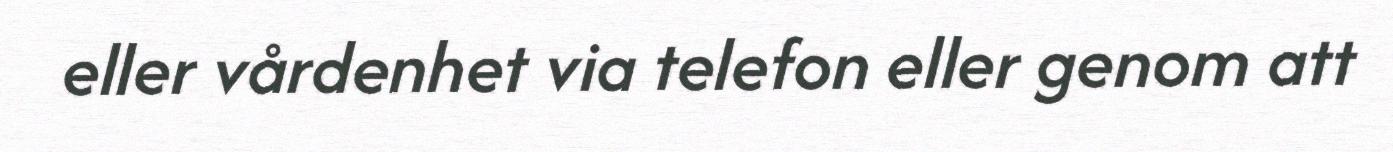
eller vårdenhet via telefon eller genom att